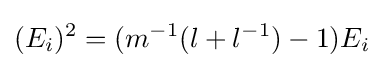
(E_{i})^{2}=(m^{-1}(l+l^{-1})-1)E_{i}